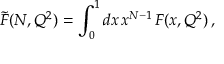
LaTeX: \tilde { F } ( N , Q ^ { 2 } ) = \int _ { 0 } ^ { 1 } d x \, x ^ { N - 1 } \, F ( x , Q ^ { 2 } ) \, ,